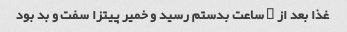
غذا بعد از ۱ ساعت بدستم رسید و خمیر پیتزا سفت و بد بود